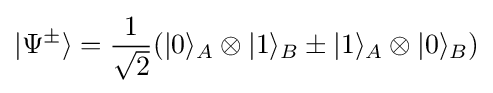
|\Psi ^{\pm }\rangle ={\frac {1}{\sqrt {2}}}(|0\rangle _{A}\otimes |1\rangle _{B}\pm |1\rangle _{A}\otimes |0\rangle _{B})